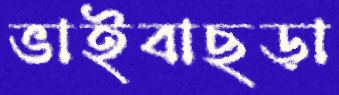
ভাইবাছড়া